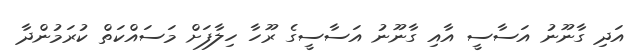
އަދި ގާނޫނު އަސާސީ އާއި ގާނޫނު އަސާސީގެ ރޫހާ ހިލާފަށް މަސައްކަތް ކުރަމުންދާ